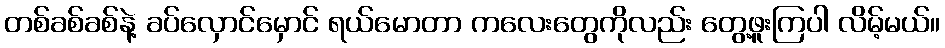
တစ်ခစ်ခစ်နဲ့ ခပ်လှောင်မှောင် ရယ်မောတာ ကလေးတွေကိုလည်း တွေ့ဖူးကြပါ လိမ့်မယ်။